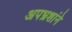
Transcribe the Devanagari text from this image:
अपभ्रशांने